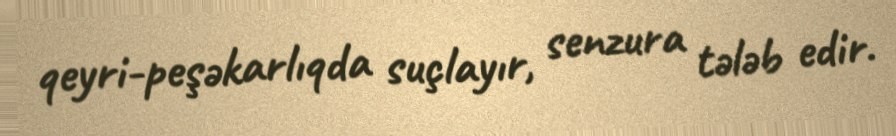
qeyri-peşəkarlıqda suçlayır, senzura tələb edir.